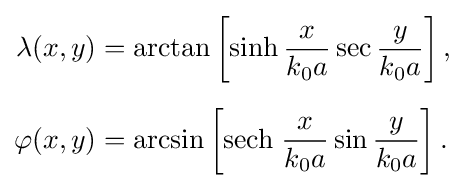
{\begin{aligned}\lambda (x,y)&=\arctan \left[\sinh {\frac {x}{k_{0}a}}\sec {\frac {y}{k_{0}a}}\right],\\[5px]\varphi (x,y)&=\arcsin \left[{\mbox{sech}}\;{\frac {x}{k_{0}a}}\sin {\frac {y}{k_{0}a}}\right].\end{aligned}}